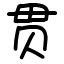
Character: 贯